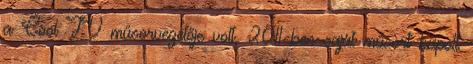
a Cool TV műsorvezetője volt, 2011-ben saját műsort kapott